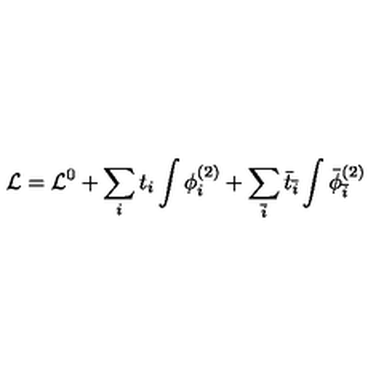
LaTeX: { \cal L } = { \cal L } ^ { 0 } + \sum _ { i } t _ { i } \int \phi _ { i } ^ { ( 2 ) } + \sum _ { \bar { i } } { \bar { t } } _ { \bar { i } } \int { \bar { \phi } } _ { \bar { i } } ^ { ( 2 ) }